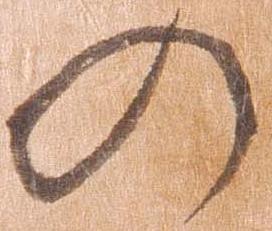
の